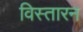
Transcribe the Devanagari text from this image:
विस्तारन